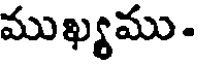
ముఖ్యము.